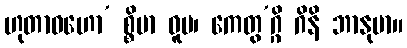
ဟုတာဝဟော’ စ္စိမာ ဓူမ၊ ကေတွ’ဂ္ဂိ ဂိနိ ဘာနုမာ။